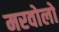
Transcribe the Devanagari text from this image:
मरवोलो